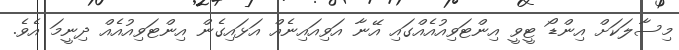
މިސާލަކަށް އިންޑޯ ޓީވީ އިންޓަވިއުއެއްގައި އޭނާ އަވިއައިނެއް އަޅައިގެން އިންޓަވިއުއެއް ދިނީމަ އެވެ.